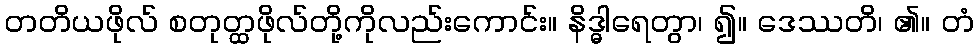
တတိယဖိုလ် စတုတ္ထဖိုလ်တို့ကိုလည်းကောင်း။ နိဒ္ဓါရေတွာ၊ ၍။ ဒေဿတိ၊ ၏။ တံ